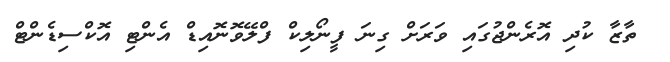
ތާޒާ ކުދި އޮރެންޖުގައި ވަރަށް ގިނަ ފީނޯލިކް ފްލޭވޮނޮއިޑް އެންޓި އޮކްސިޑެންޓް